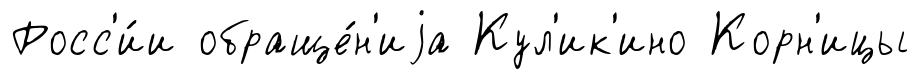
Росс'и́и обраще́н'иjа Кул'ик'ино Корн'ицы